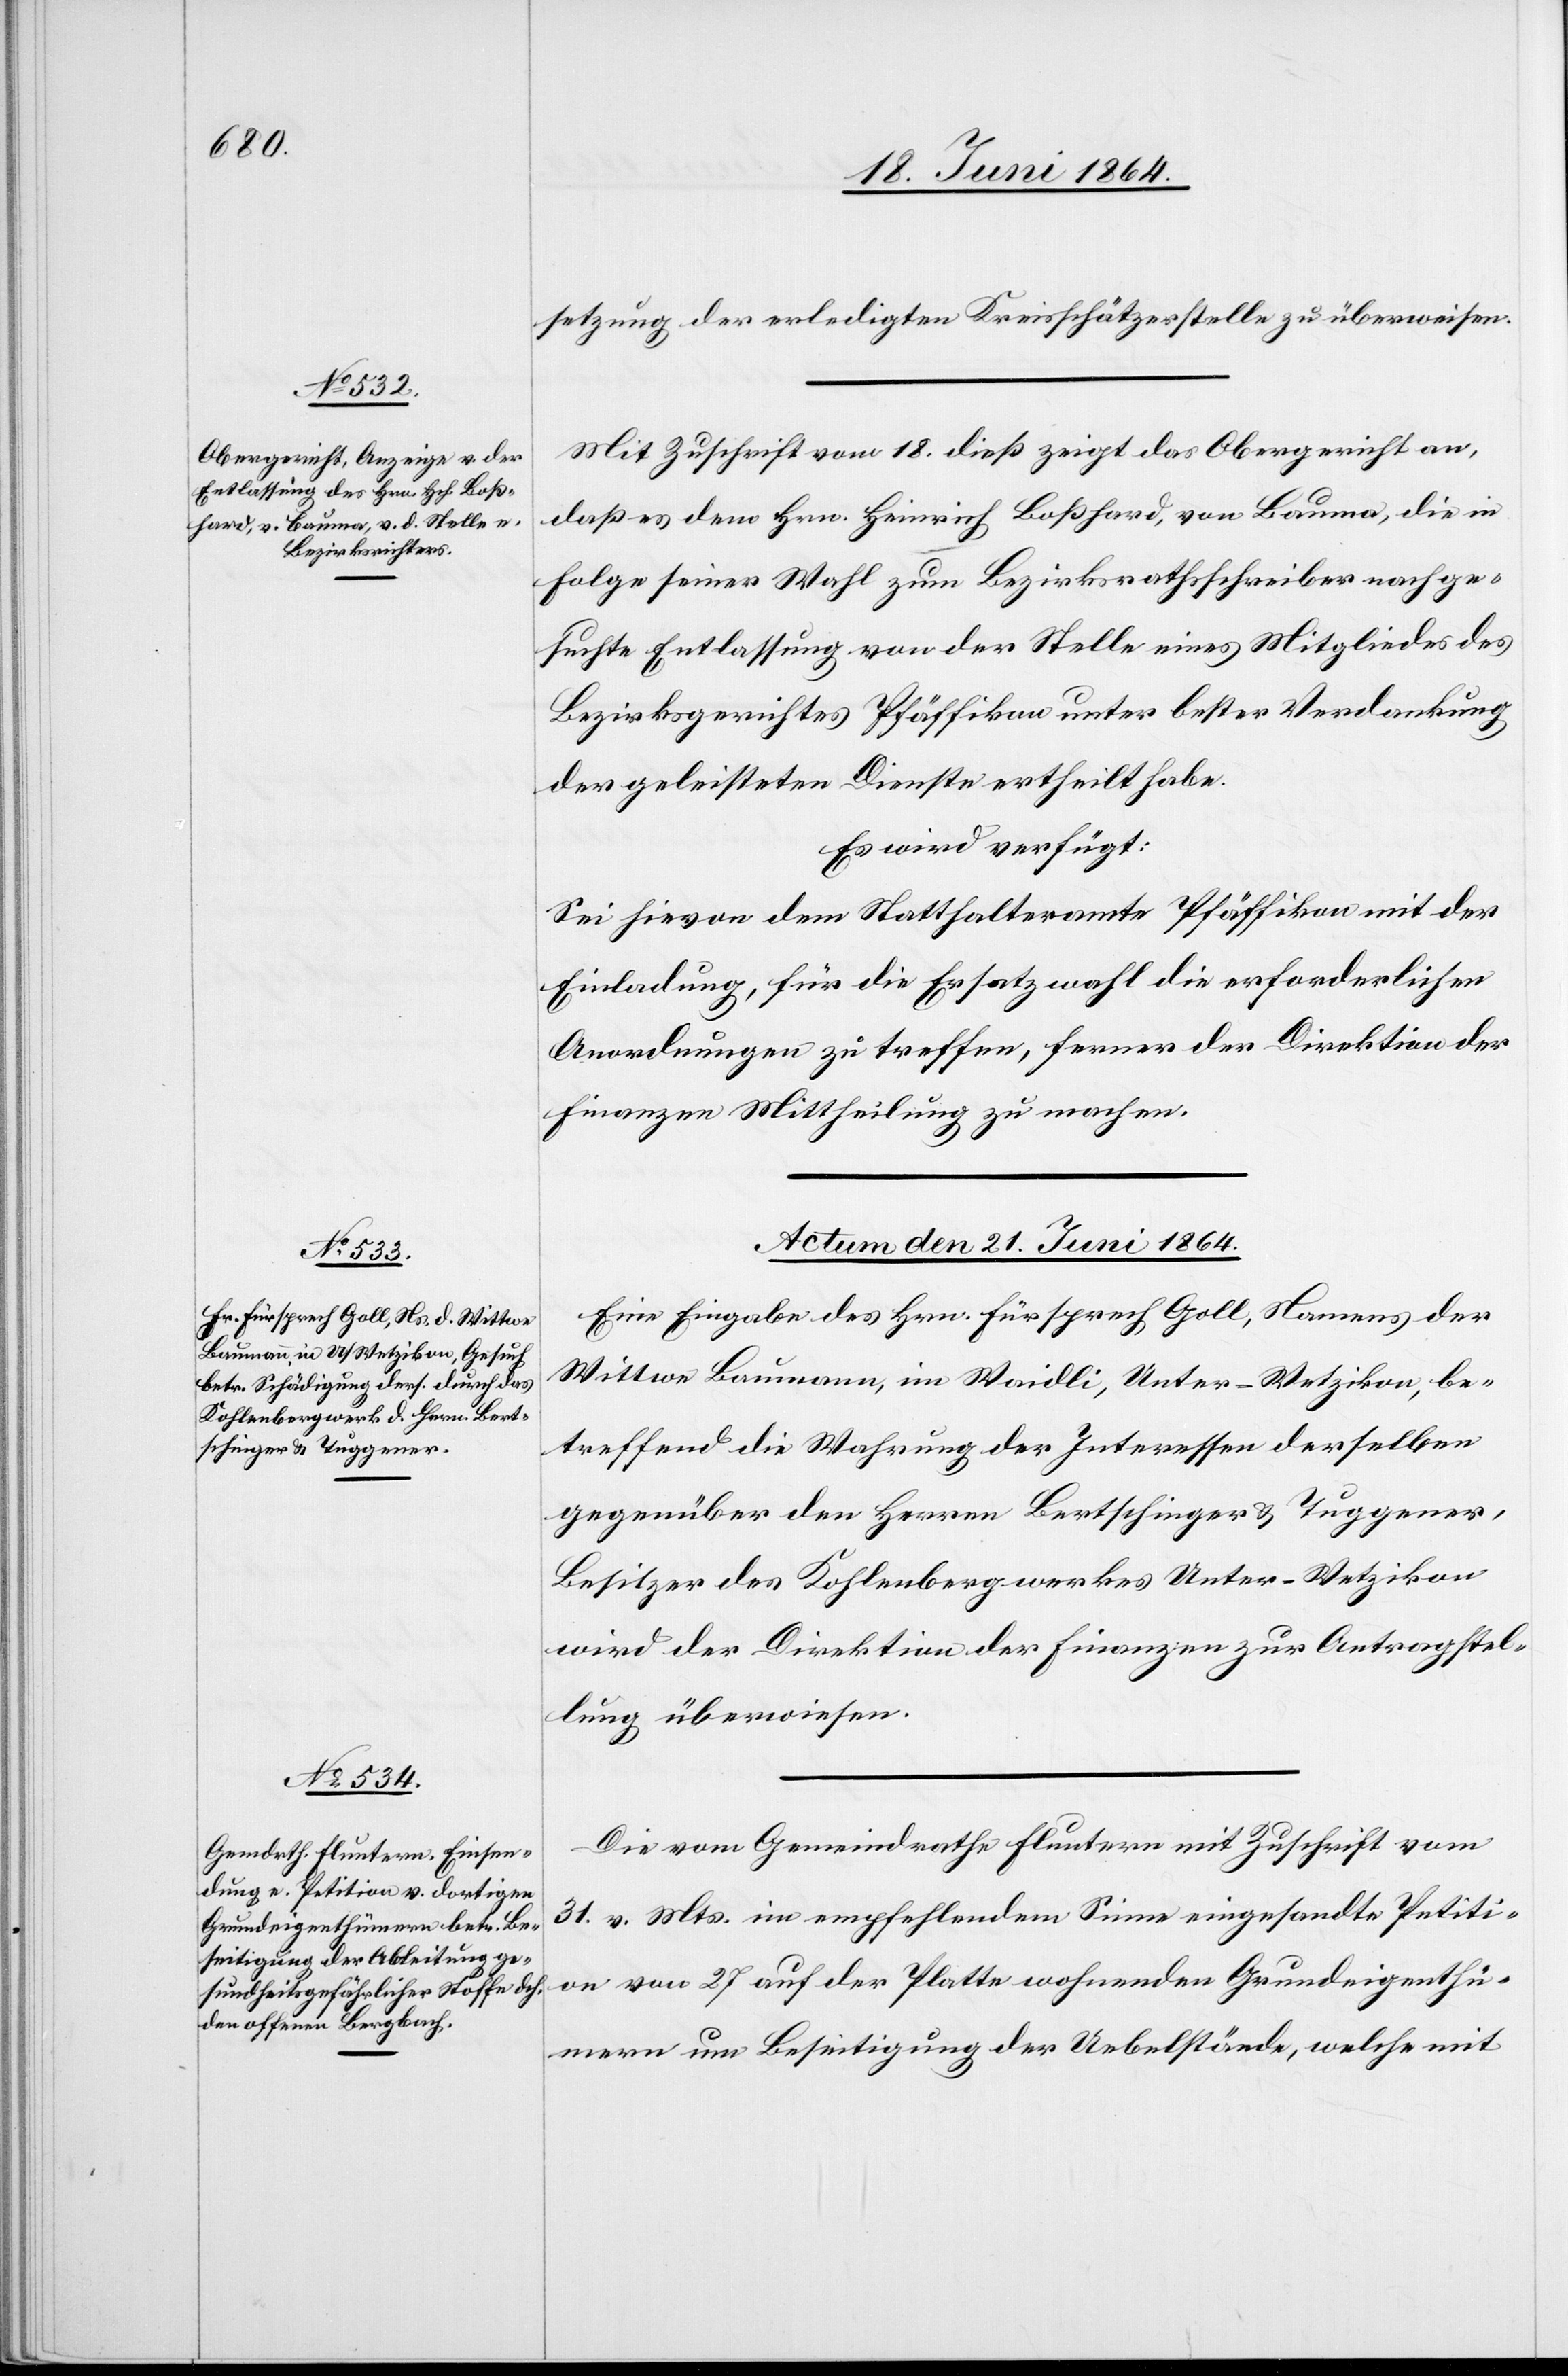
setzung der erledigten Kreisschätzerstelle zu überweisen.
Mit Zuschrift vom 18. dieß zeigt das Obergericht an,
daß es dem Hrn. Heinrich Boßhard, von Bauma, die in
Folge seiner Wahl zum Bezirksrathsschreiber nachge¬
suchte Entlassung von der Stelle eines Mitgliedes des
Bezirksgerichtes Pfäffikon unter bester Verdankung
der geleisteten Dienste ertheilt habe.
Es wird verfügt:
Sei hievon dem Statthalteramte Pfäffikon mit der
Einladung, für die Ersatzwahl die erforderlichen
Anordnungen zu treffen, ferner der Direktion der
Finanzen Mittheilung zu machen.
Actum den 21. Juni 1864.]
Eine Eingabe des Hrn. Fürsprech Goll, Namens der
Wittwe Baumann, im Waidli, Unter-Wetzikon, be¬
treffend die Wahrung der Interessen derselben
gegenüber den Herren Bertschinger u. Tuggener,
Besitzer des Kohlenbergwerkes Unter-Wetzikon
wird der Direktion der Finanzen zur Antragstel¬
lung überwiesen.
Die vom Gemeindrathe Fluntern mit Zuschrift vom
31. v. Mts. im empfehlenden Sinne eingesandte Petiti¬
on von 27 auf der Platte wohnenden Grundeigenthü¬
mern um Beseitigung der Uebelstände, welche mit